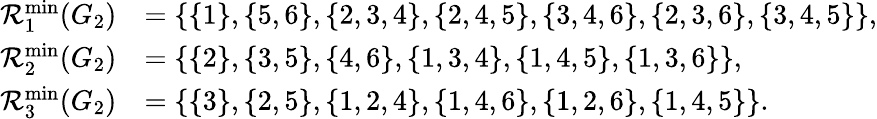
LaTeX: \begin{array}{rl}{\mathcal{R}_{1}^{\operatorname*{min}}(G_{2})}&{=\{ \{ 1\} ,\{ 5,6\} ,\{ 2,3,4\} ,\{ 2,4,5\} ,\{ 3,4,6\} ,\{ 2,3,6\} ,\{ 3,4,5\} \} ,}\\ {\mathcal{R}_{2}^{\operatorname*{min}}(G_{2})}&{=\{ \{ 2\} ,\{ 3,5\} ,\{ 4,6\} ,\{ 1,3,4\} ,\{ 1,4,5\} ,\{ 1,3,6\} \} ,}\\ {\mathcal{R}_{3}^{\operatorname*{min}}(G_{2})}&{=\{ \{ 3\} ,\{ 2,5\} ,\{ 1,2,4\} ,\{ 1,4,6\} ,\{ 1,2,6\} ,\{ 1,4,5\} \} .}\end{array}